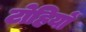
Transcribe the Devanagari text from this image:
टोहियों